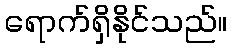
ရောက်ရှိနိုင်သည်။